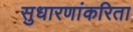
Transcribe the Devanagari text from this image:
सुधारणांकरिता